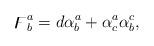
LaTeX: \begin{align*}\digamma_{b}^{a}=d\alpha_{b}^{a}+\alpha_{c}^{a}\alpha_{b}^{c},\end{align*}